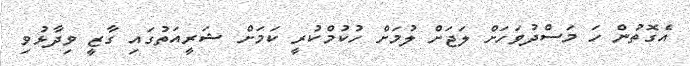
އެގޮތުން ހަ މަސްދުވަހަށް ލަޖަށް ލުމަށް ހުކުމްކުރީ ކަމަށް ޝަރީއަތުގައި ގާޒީ ވިދާޅުވި